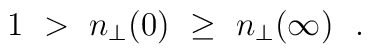
1\ >\ n_\perp (0)\ \ge\ n_\perp (\infty)\ \ .